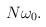
\begin{align*}N\omega_0.\end{align*}